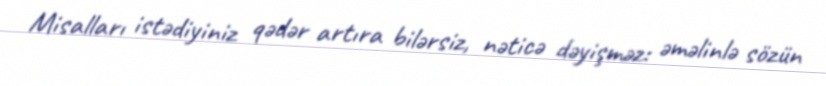
Misalları istədiyiniz qədər artıra bilərsiz, nəticə dəyişməz: əməlinlə sözün